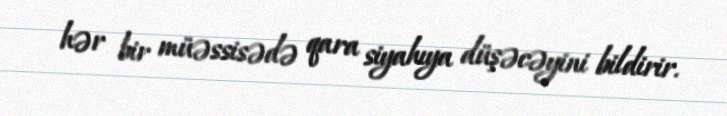
hər bir müəssisədə qara siyahıya düşəcəyini bildirir.